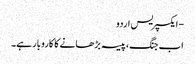
- ایکسپریس اردو
اب جنگ، پیسہ بڑھانے کا کاروبار ہے۔